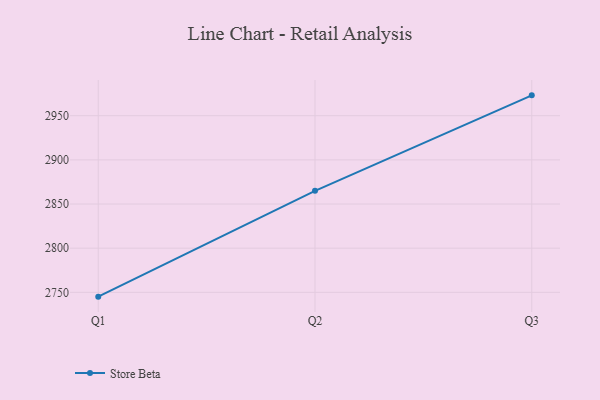
{"axis": {"x": "Quarter", "y": "Website Visitors"}, "legend": ["Store Beta"], "data": [{"x": "Q1", "y": 2745.1, "type": "Store Beta"}, {"x": "Q2", "y": 2865.0, "type": "Store Beta"}, {"x": "Q3", "y": 2973.1, "type": "Store Beta"}]}